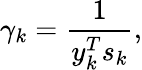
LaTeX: \gamma_{k}={\frac{1}{y_{k}^{T}s_{k}}},